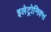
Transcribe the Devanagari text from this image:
इलेट्रोनिक्स